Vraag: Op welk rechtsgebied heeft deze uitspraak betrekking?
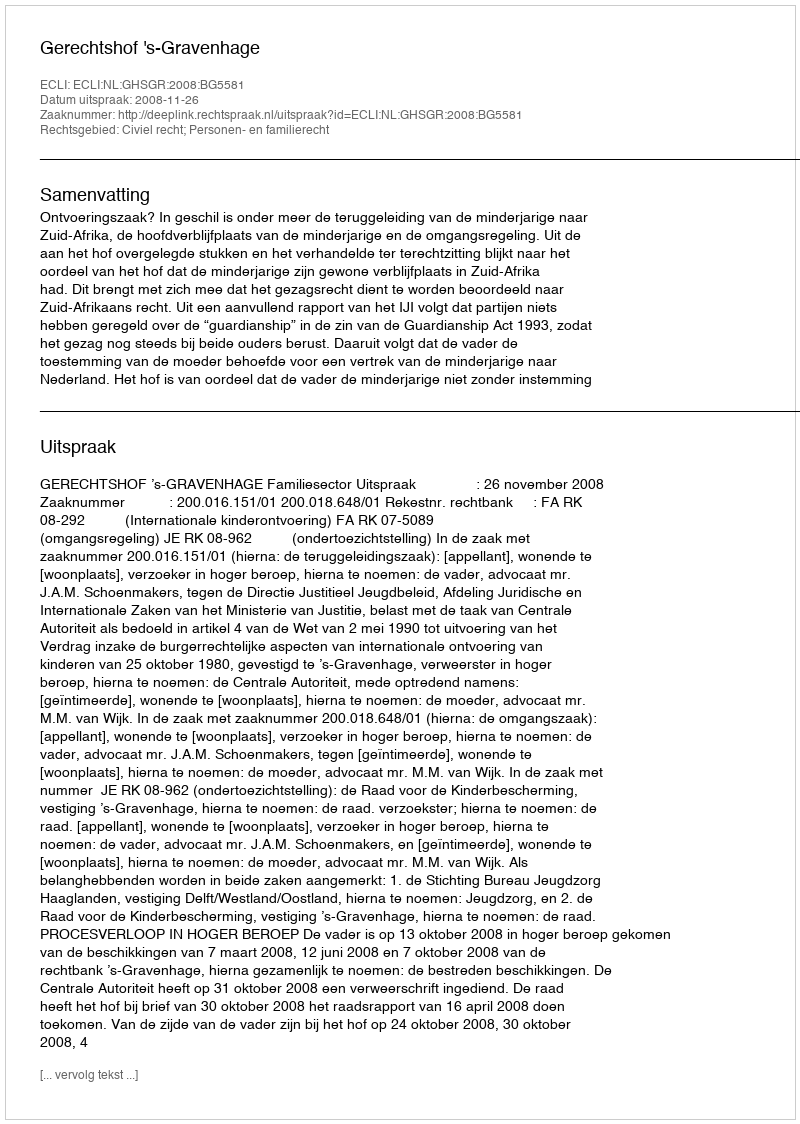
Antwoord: Civiel recht; Personen- en familierecht